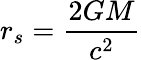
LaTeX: r_{s}=\frac{2GM}{c^{2}}